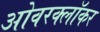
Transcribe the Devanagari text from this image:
ओवरक्लॉकर